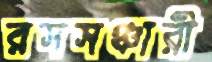
রসসঞ্চারী